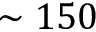
\sim 1 5 0